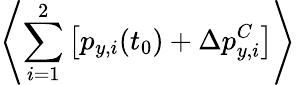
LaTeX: \left\langle\sum_{i=1}^{2}\left[p_{y,i}(t_{0})+\Delta p_{y,i}^{C}\right]\right\rangle